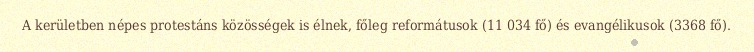
A kerületben népes protestáns közösségek is élnek, főleg reformátusok (11 034 fő) és evangélikusok (3368 fő).